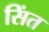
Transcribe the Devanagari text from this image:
सिंत